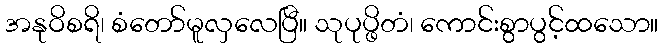
အနုဝိစရိ၊ စံတော်မူလှလေပြီ။ သုပုပ္ဖိတံ၊ ကောင်းစွာပွင့်ထသော။